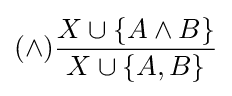
(\land ){\frac {X\cup \{A\land B\}}{X\cup \{A,B\}}}